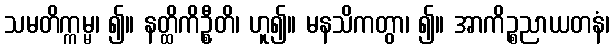
သမတိက္ကမ္မ၊ ၍။ နတ္ထိကိဦ္စတိ၊ ဟူ၍။ မနသိကတွာ၊ ၍။ အာကိဉ္စညာယတနံ၊